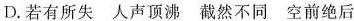
D.若有所失人声顶沸截然不同空前绝后